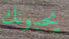
يحبونك